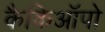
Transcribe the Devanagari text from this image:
कैकिऑपो